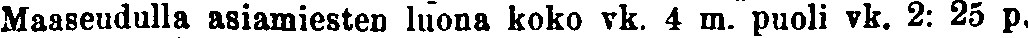
Maaseudulla asiamiesten luona koko vk. 4 m. puoli vk. 2: 25 p.